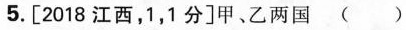
5.[2018江西，1，1分]甲、乙两国( )